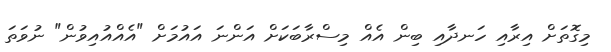
މިގޮތަށް އިރާއި ހަނދާއި ބިން އެއް މިސްރާބަކަށް އަންނަ އައުމަށް "އެއްއުއިވުން" ނުވަތަ